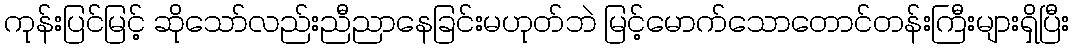
ကုန်းပြင်မြင့် ဆိုသော်လည်းညီညာနေခြင်းမဟုတ်ဘဲ မြင့်မောက်သောတောင်တန်းကြီးများရှိပြီး